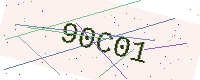
Text: 90C01